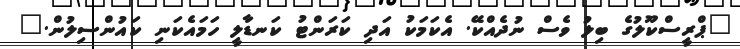
"ޕްރީސްކޫލުގެ ބިލު ވެސް ނުދެއްކޭ. އެކަމަކު އަދި ކަރަންޓު ކަނޑާލީ ހަމައެކަނި ކައުންސިލުން."